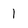
Character: 1